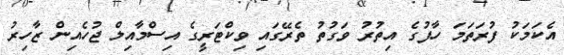
އެކަމަކު ފުރަތަމަ ހާފުގެ އިތުރު ވަގުތު ތެރޭގައި ވިކްޓަރީގެ އިސްމާއިލް ޖުހެއިން ޒާހިރު